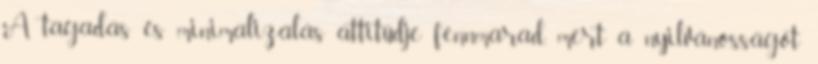
A tagadás és minimalizálás attitűdje fennmarad, mert a nyilvánosságot